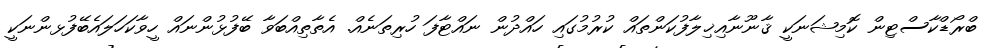
ބްރޯޑްކާސްޓިން ކޮމިޝަނަކީ ޤާނޫނާއިޚިލާފުކަންތައް ކުރުމުގައި ހައްދުން ނައްޓާފަ ހުރިތަނެއް. އެތާތިއްބަވާ ބޭފުޅުންނައް ހީވާކަހަލައެބޭފުޅންނަކީ